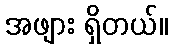
အဖျား ရှိတယ်။